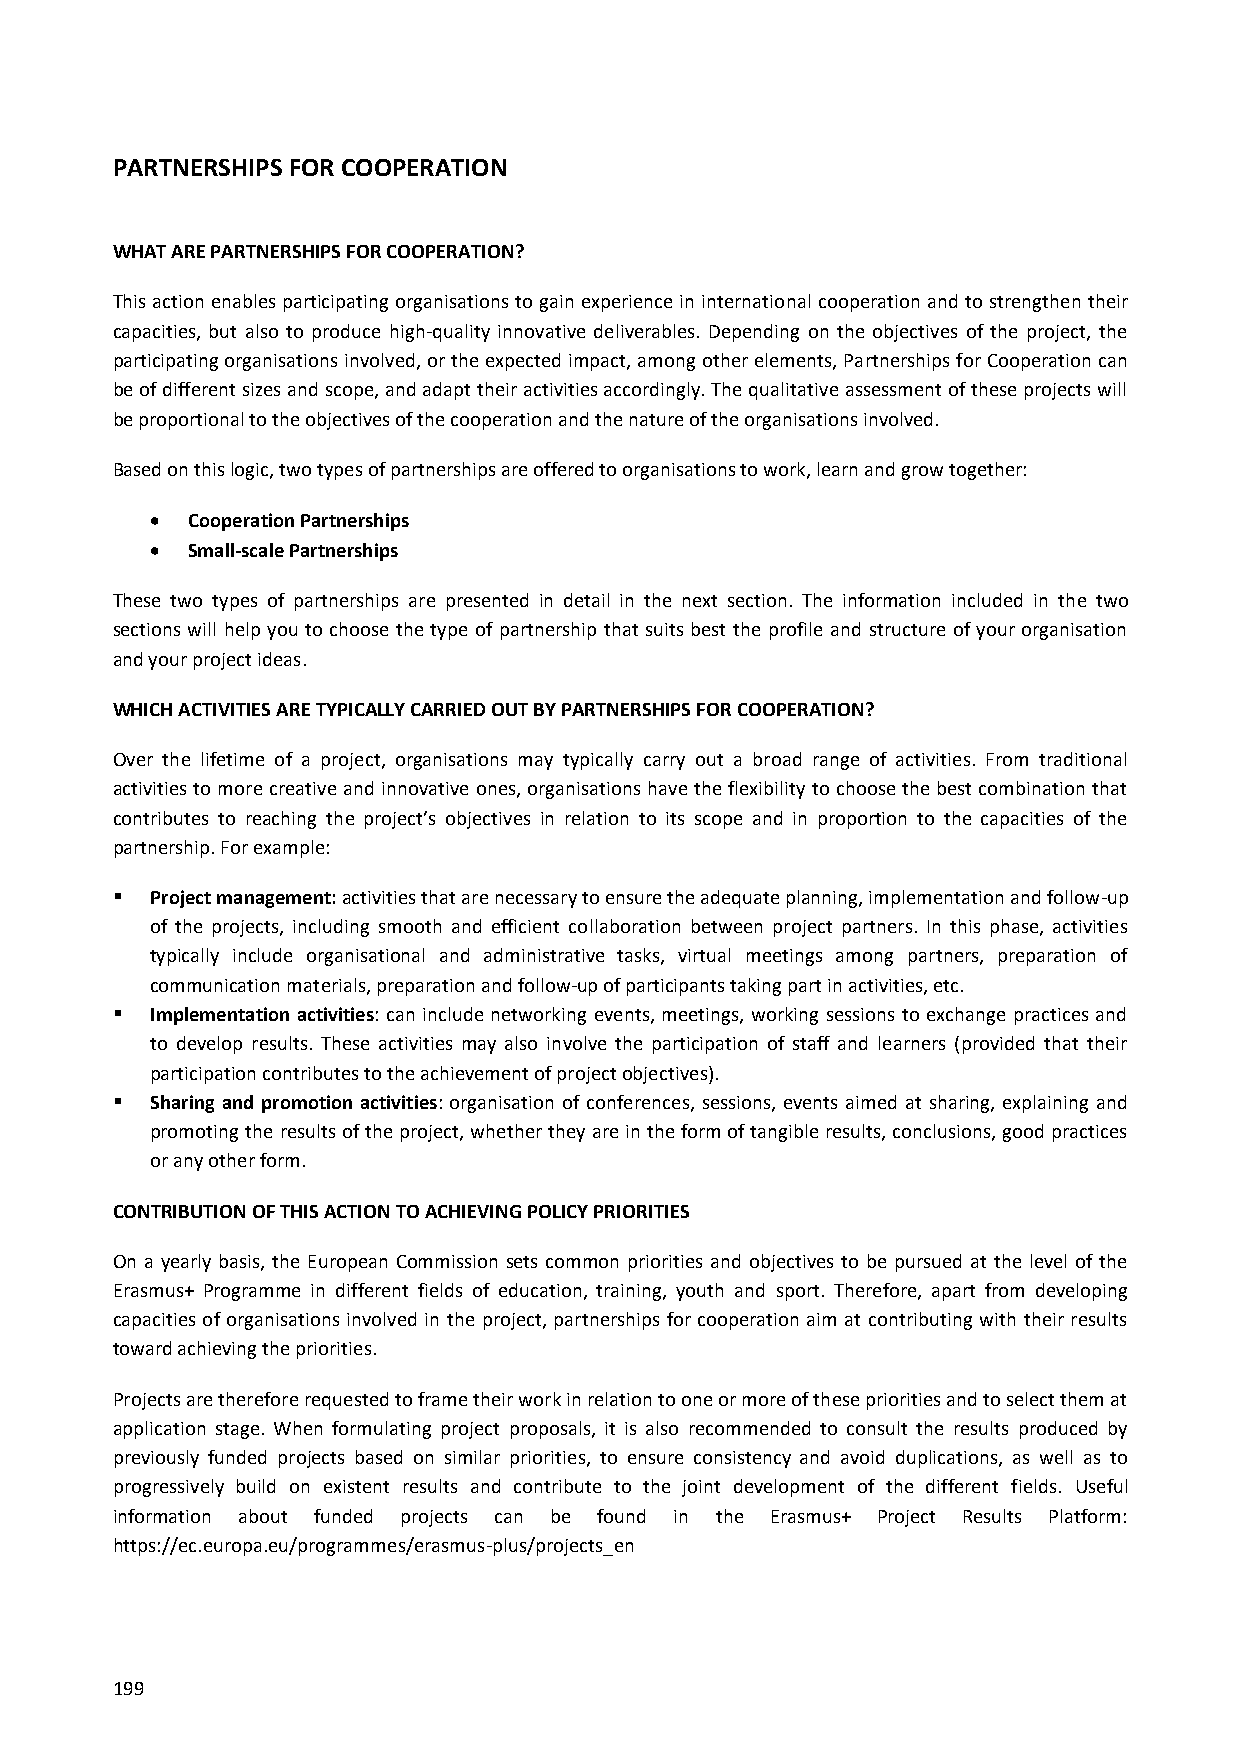
PARTNERSHIPS FOR COOPERATION
 WHAT ARE PARTNERSHIPS FOR COOPERATION?
 This action enables participating organisations to gain experience in international cooperation and to strengthen their
 capacities, but also to produce high-quality innovative deliverables. Depending on the objectives of the project, the
 participating organisations involved, or the expected impact, among other elements, Partnerships for Cooperation can
 be of different sizes and scope, and adapt their activities accordingly. The qualitative assessment of these projects will
 be proportional to the objectives of the cooperation and the nature of the organisations involved.
 Based on this logic, two types of partnerships are offered to organisations to work, learn and grow together:
  Cooperation Partnerships
  Small-scale Partnerships
 These two types of partnerships are presented in detail in the next section. The information included in the two
 sections will help you to choose the type of partnership that suits best the profile and structure of your organisation
 and your project ideas.
 WHICH ACTIVITIES ARE TYPICALLY CARRIED OUT BY PARTNERSHIPS FOR COOPERATION?
 Over the lifetime of a project, organisations may typically carry out a broad range of activities. From traditional
 activities to more creative and innovative ones, organisations have the flexibility to choose the best combination that
 contributes to reaching the project’s objectives in relation to its scope and in proportion to the capacities of the
 partnership. For example:
   Project management: activities that are necessary to ensure the adequate planning, implementation and follow-up
 of the projects, including smooth and efficient collaboration between project partners. In this phase, activities
 typically include organisational and administrative tasks, virtual meetings among partners, preparation of
 communication materials, preparation and follow-up of participants taking part in activities, etc.
   Implementation activities: can include networking events, meetings, working sessions to exchange practices and
 to develop results. These activities may also involve the participation of staff and learners (provided that their
 participation contributes to the achievement of project objectives).
   Sharing and promotion activities: organisation of conferences, sessions, events aimed at sharing, explaining and
 promoting the results of the project, whether they are in the form of tangible results, conclusions, good practices
 or any other form.
 CONTRIBUTION OF THIS ACTION TO ACHIEVING POLICY PRIORITIES
 On a yearly basis, the European Commission sets common priorities and objectives to be pursued at the level of the
 Erasmus+ Programme in different fields of education, training, youth and sport. Therefore, apart from developing
 capacities of organisations involved in the project, partnerships for cooperation aim at contributing with their results
 toward achieving the priorities.
 Projects are therefore requested to frame their work in relation to one or more of these priorities and to select them at
 application stage. When formulating project proposals, it is also recommended to consult the results produced by
 previously funded projects based on similar priorities, to ensure consistency and avoid duplications, as well as to
 progressively build on existent results and contribute to the joint development of the different fields. Useful
 information about funded projects can be found in the Erasmus+ Project Results Platform:
 https://ec.europa.eu/programmes/erasmus-plus/projects_en
 199